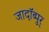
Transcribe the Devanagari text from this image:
जादॉब्पुर्